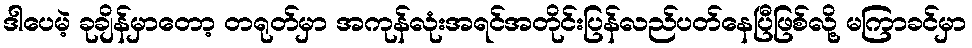
ဒါပေမဲ့ ခုချိန်မှာတော့ တရုတ်မှာ အကုန်လုံးအရင်အတိုင်းပြန်လည်ပတ်နေပြီဖြစ်လို့ မကြာခင်မှာ